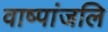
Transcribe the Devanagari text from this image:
वाष्पांजलि